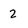
Character: 2